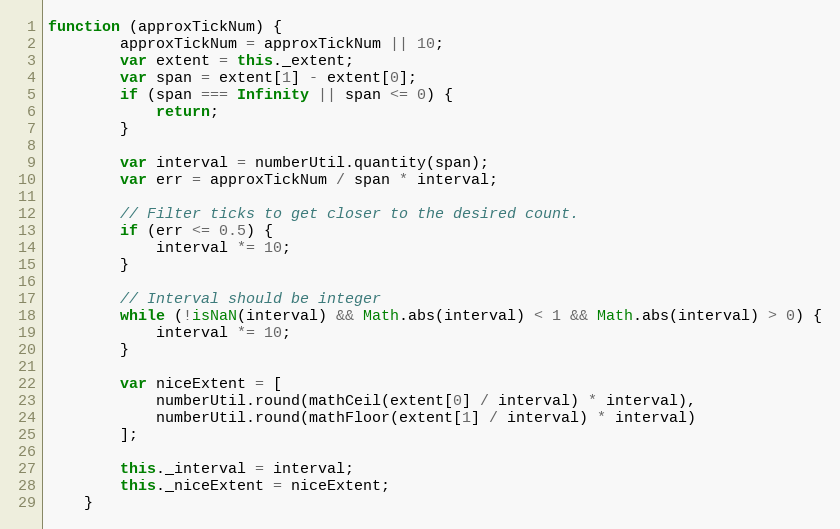
Language: JavaScript
function (approxTickNum) {
        approxTickNum = approxTickNum || 10;
        var extent = this._extent;
        var span = extent[1] - extent[0];
        if (span === Infinity || span <= 0) {
            return;
        }

        var interval = numberUtil.quantity(span);
        var err = approxTickNum / span * interval;

        // Filter ticks to get closer to the desired count.
        if (err <= 0.5) {
            interval *= 10;
        }

        // Interval should be integer
        while (!isNaN(interval) && Math.abs(interval) < 1 && Math.abs(interval) > 0) {
            interval *= 10;
        }

        var niceExtent = [
            numberUtil.round(mathCeil(extent[0] / interval) * interval),
            numberUtil.round(mathFloor(extent[1] / interval) * interval)
        ];

        this._interval = interval;
        this._niceExtent = niceExtent;
    }